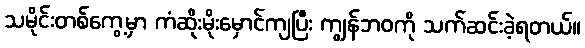
သမိုင်းတစ်ကွေ့မှာ ကံဆိုးမိုးမှောင်ကျပြီး ကျွန်ဘဝကို သက်ဆင်းခဲ့ရတယ်။